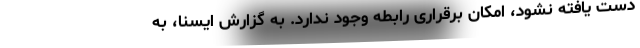
دست یافته نشود، امکان برقراری رابطه وجود ندارد. به گزارش ایسنا، به